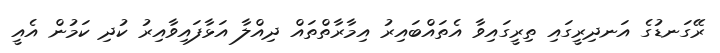
ރޭގަނޑުގެ އަނދިރީގައި ތިރީގައިވާ އެތައްބައިރު އިމާރާތްތައް ދިއްލާ އަޅާފައިވާއިރު ކުދި ކަމުން އެއީ